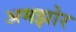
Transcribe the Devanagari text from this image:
अमझोर